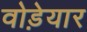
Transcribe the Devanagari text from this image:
वोड़ेयार